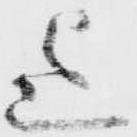
迄